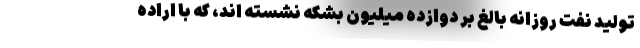
تولید نفت روزانه بالغ بر دوازده میلیون بشکه نشسته اند، که با اراده